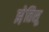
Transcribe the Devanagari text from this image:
झ़ेतिसू